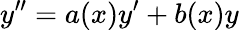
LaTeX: y^{\prime\prime}=a(x)y^{\prime}+b(x)y